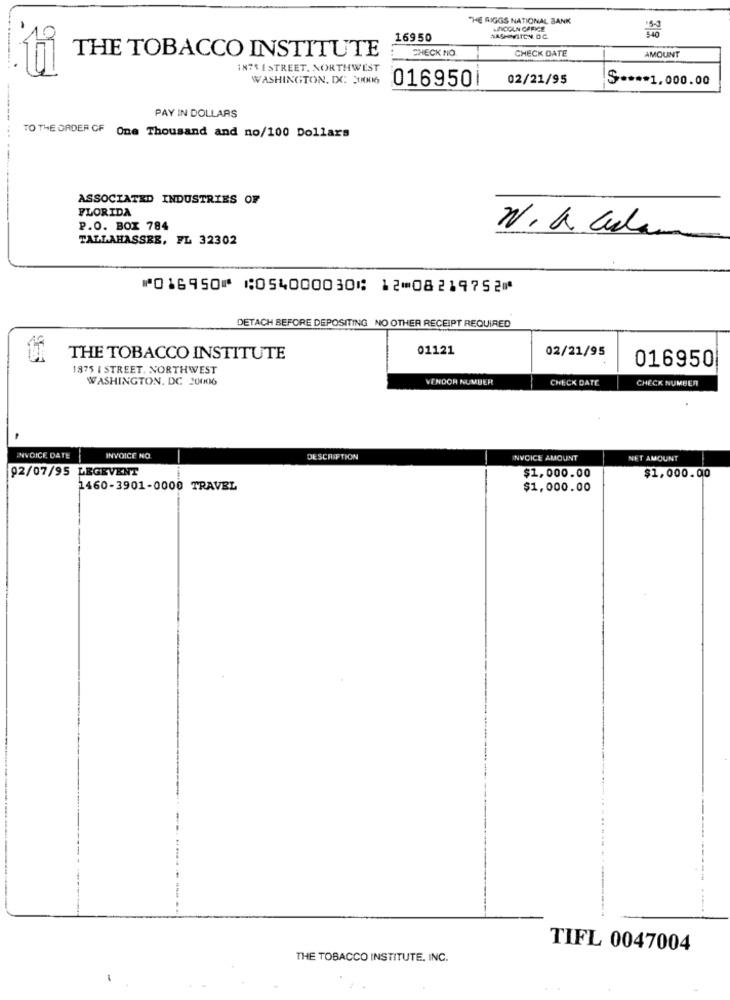
"HE RIGGS NATIONAL BANK
LINCOLN OFFICE
16950
WASHINGTON DC
THE TOBACCO INSTITUTE
CHECK NO
CHECK DATE
AMOUNT
IN75 I STREET. NORTHWEST
WASHINGTON, DC 30006
0169501
02/21/95
S **** 1,000.00
PAY IN DOLLARS
TO THE ORDER OF One Thousand and no/100 Dollars
ASSOCIATED INDUSTRIES OF
FLORIDA
P.O. BOX 784
N. A. Cular
TALLAHASSEE, FL 32302
⑈016950⑈ ⑆054000030⑆ 12⑉08219752⑈
DETACH BEFORE DEPOSITING NO OTHER RECEIPT REQUIRED
01121
02/21/95
THE TOBACCO INSTITUTE
016950
1875 I STREET. NORTHWEST
WASHINGTON, DC 20006
VENDOR NUMBER
CHECK DATE
CHECK NUMBER
INVOICE, DATE
INVOICE NO
DESCRIPTION
INVOICE AMOUNT
NET AMOUNT
92/07/95 LEGEVENT
$1,000.00
$1,000.00
1460-3901-0000 TRAVEL
$1,000.00
TIFL 0047004
THE TOBACCO INSTITUTE. INC.
-